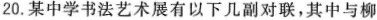
20. 某中学书法艺术展有以下几副对联，其中与柳